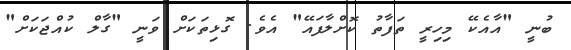
ބުނީ "އާއެކޭ މިހިރީ ތަފާތު ކޮށްލާފަައޭ" އެވެ. ގޮޅިތަކަށް ވަނީ "ގާލް ކުއްޖަކަށް"